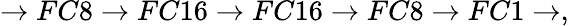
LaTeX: \rightarrow FC8\rightarrow FC16\rightarrow FC16\rightarrow FC8\rightarrow FC1\rightarrow,